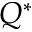
Q ^ { * }